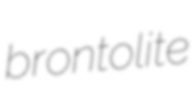
brontolite